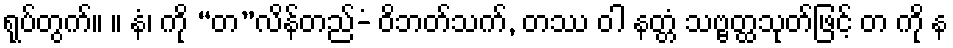
ရုပ်တွက်။ ။ နံ၊ ကို “တ”လိန်တည်-ံ ဝိဘတ်သက်, တဿ ဝါ နတ္တံ သဗ္ဗတ္ထသုတ်ဖြင့် တ ကို န